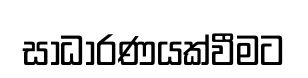
සාධාරණයක්වීමට